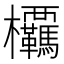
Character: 𭭂